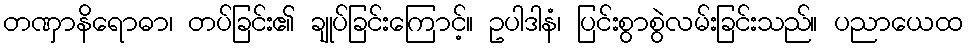
တဏှာနိရောဓာ၊ တပ်ခြင်း၏ ချုပ်ခြင်းကြောင့်။ ဥပါဒါနံ၊ ပြင်းစွာစွဲလမ်းခြင်းသည်။ ပညာယေထ